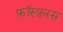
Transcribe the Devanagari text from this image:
फॉस्फ़रस